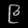
Digit: ၉